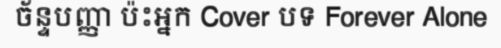
ច័ន្ទបញ្ញា ប៉ះអ្នក Cover បទ Forever Alone